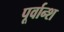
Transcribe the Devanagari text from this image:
पूर्वान्श